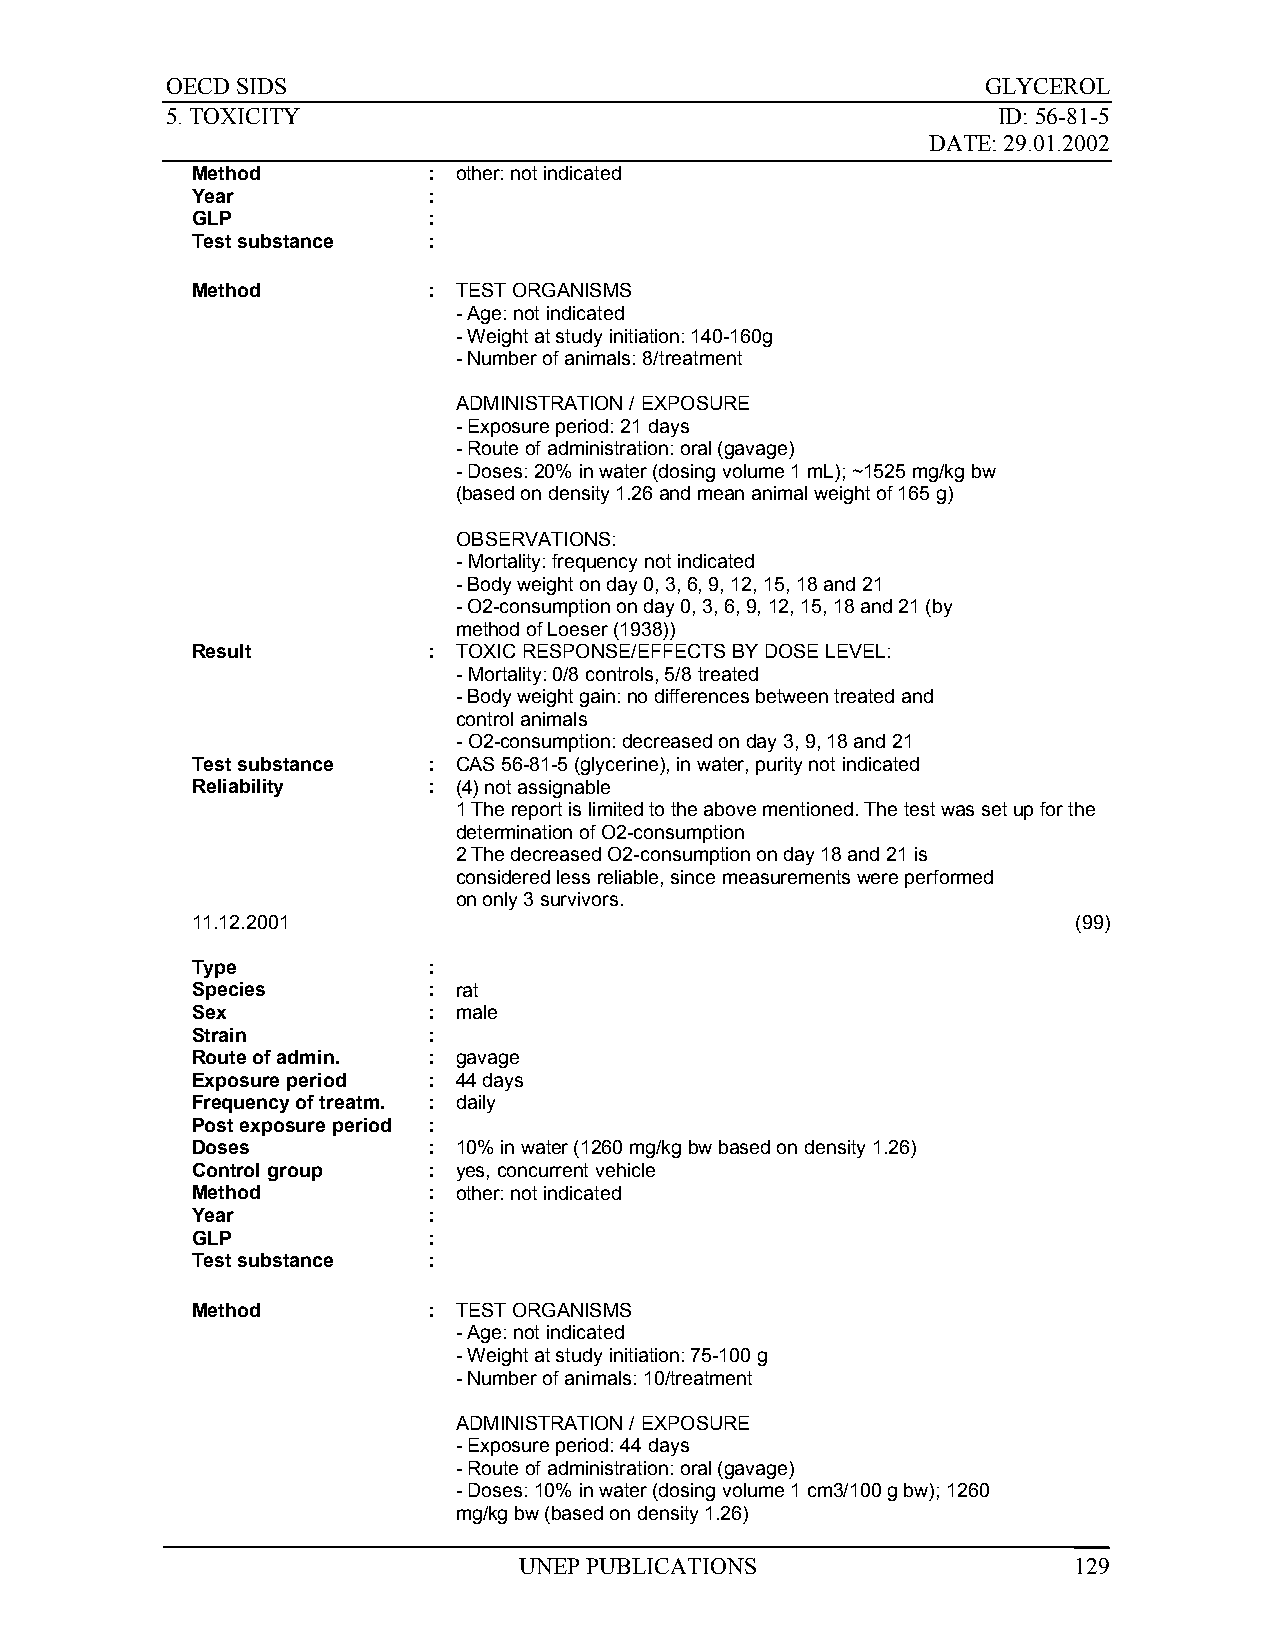
OECD SIDS                                             GLYCEROL
 5. TOXICITY                                            ID: 56-81-5
 DATE: 29.01.2002
 Method         : other: not indicated
 Year           :
 GLP            :
 Test substance :
 Method         : TEST ORGANISMS
 - Age: not indicated
 - Weight at study initiation: 140-160g
 - Number of animals: 8/treatment
 ADMINISTRATION / EXPOSURE
 - Exposure period: 21 days
 - Route of administration: oral (gavage)
 - Doses: 20% in water (dosing volume 1 mL); ~1525 mg/kg bw
 (based on density 1.26 and mean animal weight of 165 g)
 OBSERVATIONS:
 - Mortality: frequency not indicated
 - Body weight on day 0, 3, 6, 9, 12, 15, 18 and 21
 - O2-consumption on day 0, 3, 6, 9, 12, 15, 18 and 21 (by
 method of Loeser (1938))
 Result         : TOXIC RESPONSE/EFFECTS BY DOSE LEVEL:
 - Mortality: 0/8 controls, 5/8 treated
 - Body weight gain: no differences between treated and
 control animals
 - O2-consumption: decreased on day 3, 9, 18 and 21
 Test substance : CAS 56-81-5 (glycerine), in water, purity not indicated
 Reliability    : (4) not assignable
 1 The report is limited to the above mentioned. The test was set up for the
 determination of O2-consumption
 2 The decreased O2-consumption on day 18 and 21 is
 considered less reliable, since measurements were performed
 on only 3 survivors.
 11.12.2001                                                (99)
 Type           :
 Species        : rat
 Sex            : male
 Strain         :
 Route of admin. : gavage
 Exposure period : 44 days
 Frequency of treatm. : daily
 Post exposure period :
 Doses          : 10% in water (1260 mg/kg bw based on density 1.26)
 Control group  : yes, concurrent vehicle
 Method         : other: not indicated
 Year           :
 GLP            :
 Test substance :
 Method         : TEST ORGANISMS
 - Age: not indicated
 - Weight at study initiation: 75-100 g
 - Number of animals: 10/treatment
 ADMINISTRATION / EXPOSURE
 - Exposure period: 44 days
 - Route of administration: oral (gavage)
 - Doses: 10% in water (dosing volume 1 cm3/100 g bw); 1260
 mg/kg bw (based on density 1.26)
 UNEP PUBLICATIONS                    129